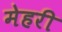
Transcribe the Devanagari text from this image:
मेहरी